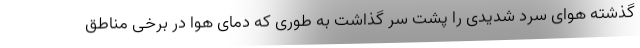
گذشته هوای سرد شدیدی را پشت سر گذاشت به طوری که دمای هوا در برخی مناطق